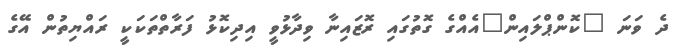
ދެ ވަނަ "ކޮންޕްލައިން"އެއްގެ ގޮތުގައި ރޮޒައިނާ ވިދާޅުވީ އިދިކޮޅު ފަރާތްތަކަކީ ރައްޔިތުން އޭގެ